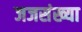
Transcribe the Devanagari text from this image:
जजसंख्या